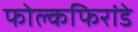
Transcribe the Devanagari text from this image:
फोल्कफिरांडे